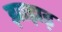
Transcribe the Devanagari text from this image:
झाझड़